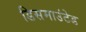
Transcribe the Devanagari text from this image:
डिसमाउंटेड